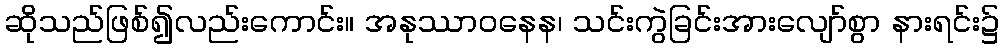
ဆိုသည်ဖြစ်၍လည်းကောင်း။ အနုဿာဝနေန၊ သင်းကွဲခြင်းအားလျော်စွာ နားရင်း၌